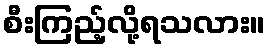
စီးကြည့်လို့ရသလား။